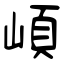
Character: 崸